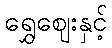
ရွှေဈေးနှင့်